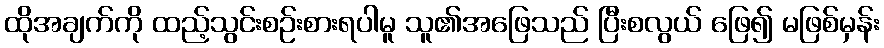
ထိုအချက်ကို ထည့်သွင်းစဉ်းစားရပါမူ သူ၏အဖြေသည် ပြီးစလွယ် ဖြေ၍ မဖြစ်မှန်း